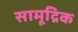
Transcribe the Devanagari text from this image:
सामूद्रिक